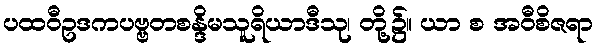
ပထဝီဥဒကပဗ္ဗတစန္ဒိမသူရိယာဒီသု၊ တို့၌။ ယာ စ အဝီစိဇရာ